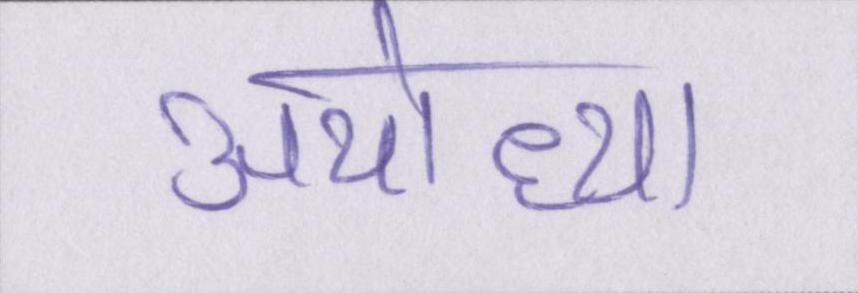
अयोध्या